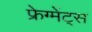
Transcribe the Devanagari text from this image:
फ्रेग्मेंट्स